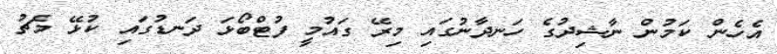
އެހެން ކަމުން ނާޝިދުގެ ހަނދާނުގައި މިރޭ ގައުމީ ފުޓްބޯޅަ ދަނޑުގައި ކުޅޭ މެޗު